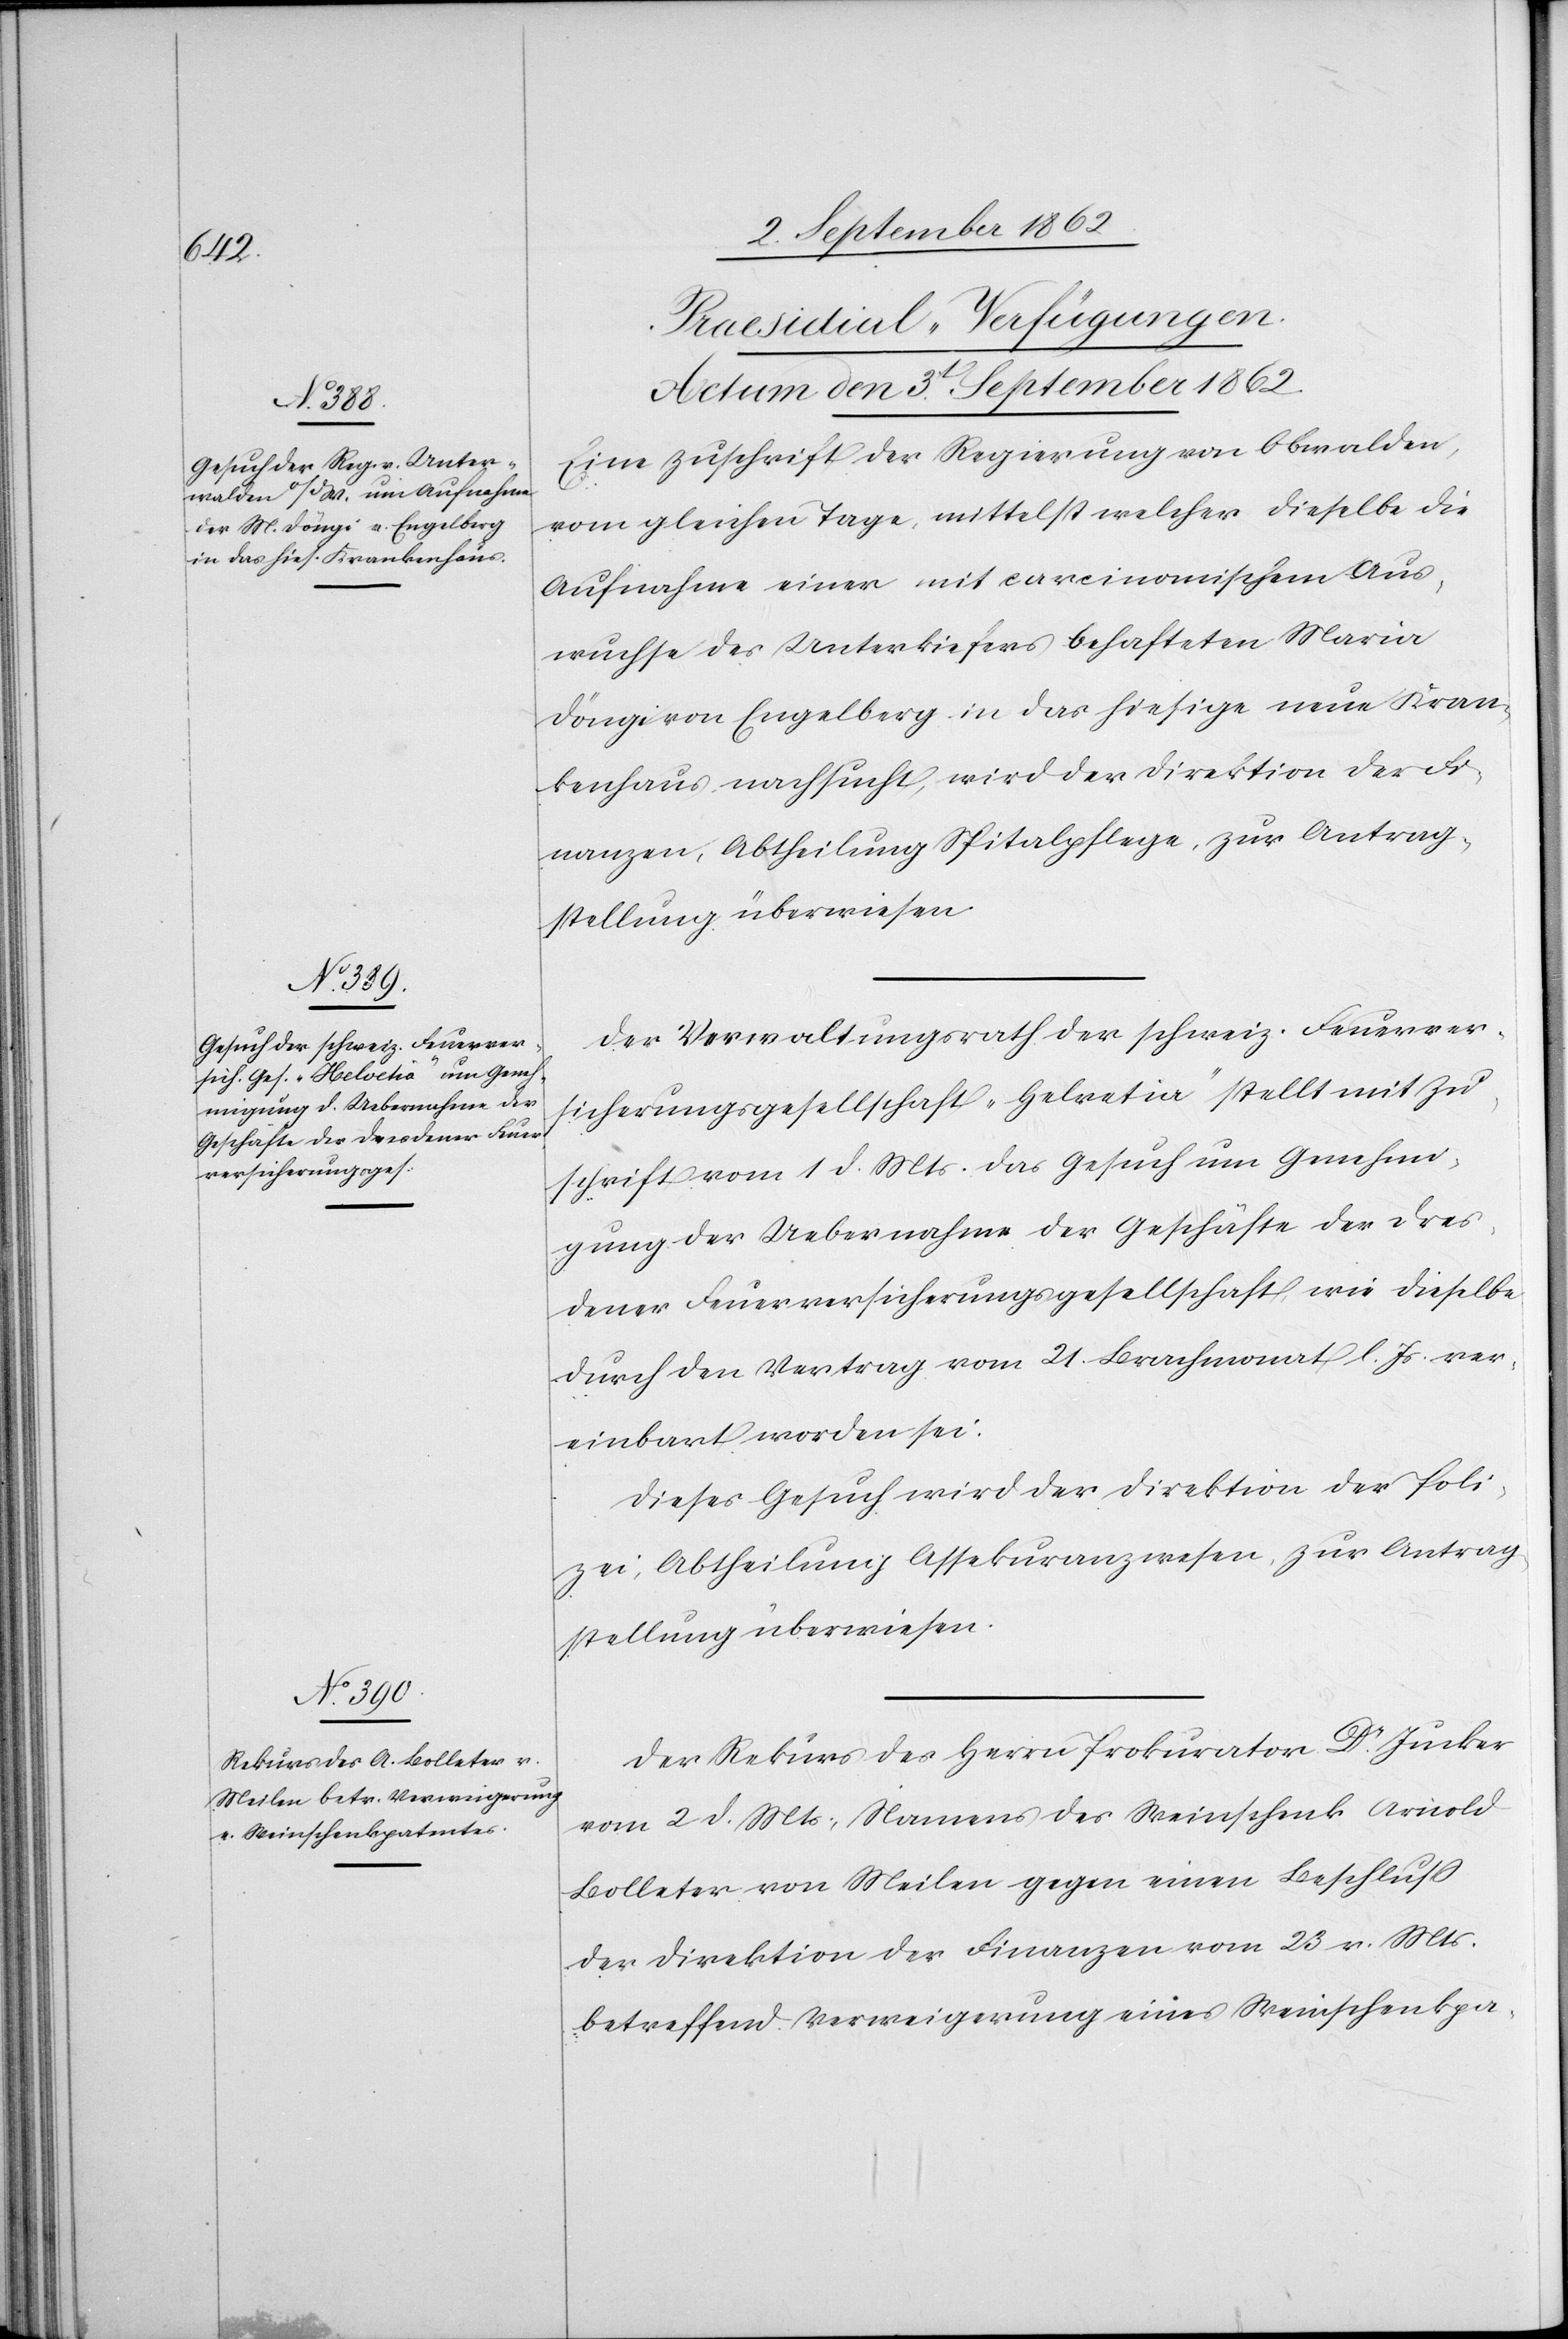
[Praesidial-Verfügungen.
Actum den 3t September 1862.]
Eine Zuschrift der Regierung von Obwalden,
vom gleichen Tage, mittelst welcher dieselbe die
Aufnahme einer mit carcinomischem Aus¬
wuchse des Unterkiefers behafteten Maria
Döngi von Engelberg in das hiesige neue Kran¬
kenhaus nachsucht, wird der Direktion der Fi¬
nanzen, Abtheilung Spitalpflege, zur Antrag¬
stellung überwiesen.
Der Verwaltungsrath der schweiz. Feuerver¬
sicherungsgesellschaft „Helvetia“ stellt mit Zu¬
schrift vom 1. d. Mts. das Gesuch um Genehmi¬
gung der Uebernahme der Geschäfte der Dres¬
dener Feuerversicherungsgesellschaft, wie dieselbe
durch den Vertrag vom 21. Brachmonat l. Js. ver¬
einbart worden sei.
Dieses Gesuch wird der Direktion der Poli¬
zei, Abtheilung Assekuranzwesen, zur Antrag¬
stellung überwiesen.
Der Rekurs des Herrn Prokurator Dr. Jucker
vom 2. d. Mts., Namens des Weinschenk Arnold
Bolleter von Meilen gegen einen Beschluß
der Direktion der Finanzen vom 23. v. Mts.
betreffend Verweigerung eines Weinschenkpa-